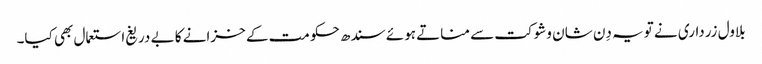
بلاول زرداری نے تویہ دِن شان وشوکت سے مناتے ہوئے سندھ حکومت کے خزانے کا بے دریغ استعمال بھی کیا۔